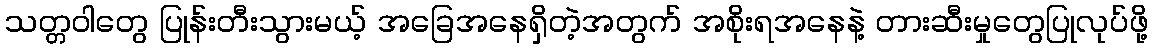
သတ္တဝါတွေ ပြုန်းတီးသွားမယ့် အခြေအနေရှိတဲ့အတွက် အစိုးရအနေနဲ့ တားဆီးမှုတွေပြုလုပ်ဖို့